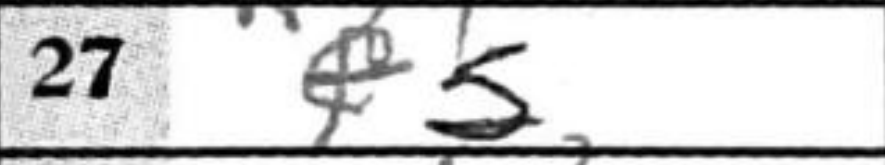
Transcription: e5